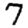
Digit: 7